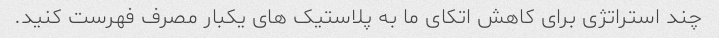
چند استراتژی برای کاهش اتکای ما به پلاستیک های یکبار مصرف فهرست کنید.